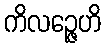
ကိလဉ္ဇေဟိ